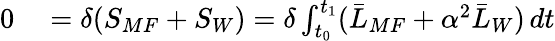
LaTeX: \begin{array}{rl}{0}&{{}=\delta(S_{MF}+S_{W})=\delta\int_{t_{0}}^{t_{1}}(\bar{L}_{MF}+\alpha^{2}\bar{L}_{W})\, dt}\end{array}